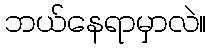
ဘယ်နေရာမှာလဲ။